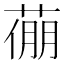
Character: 𦷛